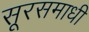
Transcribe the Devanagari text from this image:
सूरसमाधी